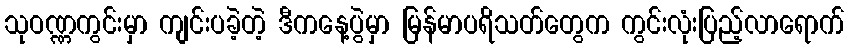
သုဝဏ္ဏကွင်းမှာ ကျင်းပခဲ့တဲ့ ဒီကနေ့ပွဲမှာ မြန်မာပရိသတ်တွေက ကွင်းလုံးပြည့်လာရောက်